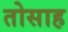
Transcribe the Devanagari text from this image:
तोसाह